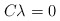
\begin{align*}C\lambda=0\end{align*}